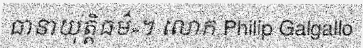
ធានាយុត្តិធម៌»។ លោក Philip Galgallo